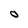
Character: 0